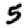
Digit: 5